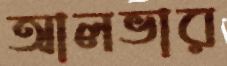
আলভার